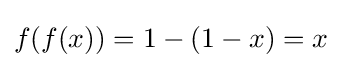
f(f(x))=1-(1-x)=x